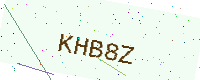
Text: KHB8Z